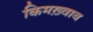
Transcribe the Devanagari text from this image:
किमख़्वाब